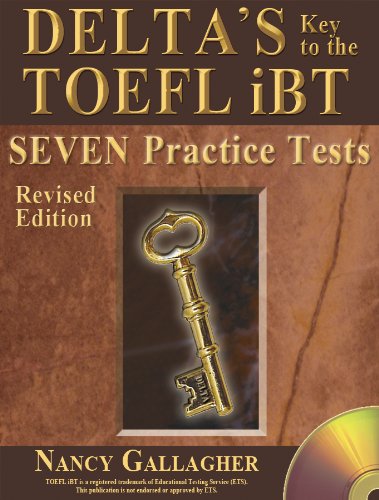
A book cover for Delta's Key to the TOEFL iBT: Seven Practice Tests; Revised Edition; Nancy Gallagher; Test Preparation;